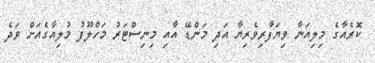
ކޮރެއާގެ މިލިއަނާ ވިޔަފާރިވެރިޔާ އަދި މަންޑޭ އާއި މިނިސްޓަރު މަހްލޫފު މުލިއާގެއަށް ވަދެ